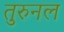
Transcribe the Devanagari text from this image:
तुरुनल